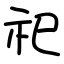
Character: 祀